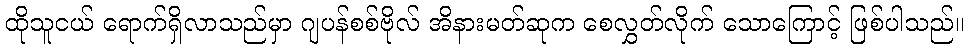
ထိုသူငယ် ရောက်ရှိလာသည်မှာ ဂျပန်စစ်ဗိုလ် အိနားမတ်ဆုက စေလွှတ်လိုက် သောကြောင့် ဖြစ်ပါသည်။